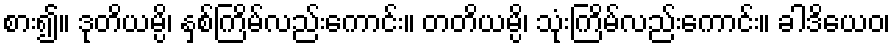
စား၍။ ဒုတိယမ္ပိ၊ နှစ်ကြိမ်လည်းကောင်း။ တတိယမ္ပိ၊ သုံးကြိမ်လည်းကောင်း။ ခါဒိယေဝ၊